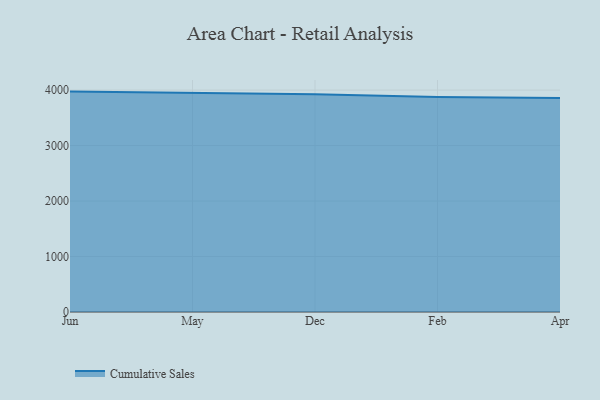
{"axis": {"x": "Month", "y": "Population (Million)"}, "legend": ["Cumulative Sales"], "data": [{"x": "Jun", "y": 3971.8, "type": "Cumulative Sales"}, {"x": "May", "y": 3954.7, "type": "Cumulative Sales"}, {"x": "Dec", "y": 3925.8, "type": "Cumulative Sales"}, {"x": "Feb", "y": 3873.2, "type": "Cumulative Sales"}, {"x": "Apr", "y": 3858.1, "type": "Cumulative Sales"}]}